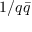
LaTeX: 1 / q { \bar { q } }